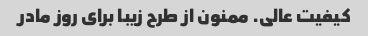
کیفیت عالی. ممنون از طرح زیبا برای روز مادر